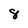
Character: 8